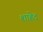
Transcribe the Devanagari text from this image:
शाहेद